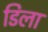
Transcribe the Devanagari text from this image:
डिला